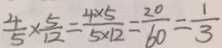
\frac { 4 } { 5 } \times \frac { 5 } { 1 2 } = \frac { 4 \times 5 } { 5 \times 1 2 } = \frac { 2 0 } { 6 0 } = \frac { 1 } { 3 }